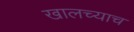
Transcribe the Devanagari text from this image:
खालच्याच